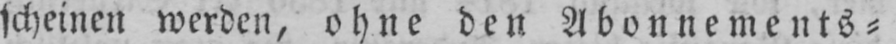
scheinen werden, ohne den Abonnements⸗